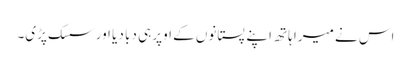
اس نے میرا ہاتھ اپنے پستانوں کے اوپر ہی دبا دیا اور سسک پڑی۔